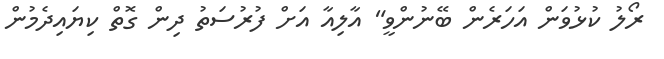
ރޯލު ކުޅުވަން އަހަރެން ބޭނުންވީ" އާލިއާ އަށް ފުރުސަތު ދިން ގޮތް ކިޔައިދެމުން